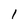
Character: I